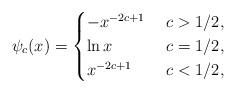
LaTeX: \begin{align*} \psi_c(x)= \begin{cases}-x^{-2c+1} &\ c>1/2,\\\ln x &\ c=1/2,\\x^{-2c+1} &\ c<1/2,\end{cases} \end{align*}